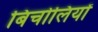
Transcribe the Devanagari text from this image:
बिचोलियों